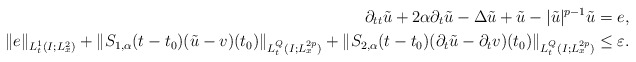
\begin{align*}\partial_{tt}\tilde{u}+2\alpha \partial_t \tilde{u}-\Delta \tilde{u} +\tilde{u}-|\tilde u|^{p-1}\tilde{u}&=e,\\\|e\|_{L^1_t(I;L^2_x)}+\|S_{1,\alpha}(t-t_0)(\tilde{u}-v)(t_0)\|_{L^{Q}_t(I;L^{2p}_x)}+\|S_{2,\alpha}(t-t_0)(\partial_t\tilde{u}-\partial_tv)(t_0)\|_{L^{Q}_t(I;L^{2p}_x)}&\le \varepsilon.\end{align*}